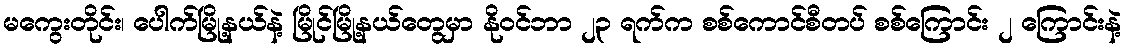
မကွေးတိုင်း၊ ပေါက်မြို့နယ်နဲ့ မြိုင်မြို့နယ်တွေမှာ နိုဝင်ဘာ ၂၃ ရက်က စစ်ကောင်စီတပ် စစ်ကြောင်း ၂ ကြောင်းနဲ့